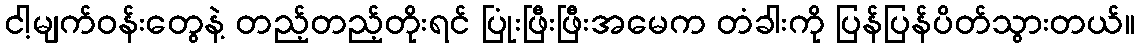
ငါ့မျက်ဝန်းတွေနဲ့ တည့်တည့်တိုးရင် ပြုံးဖြီးဖြီးအမေက တံခါးကို ပြန်ပြန်ပိတ်သွားတယ်။